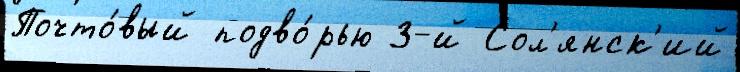
Почто́вый подво́рью 3-й Сол'янск'ий